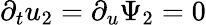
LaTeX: \partial_{t}u_{2}=\partial_{u}\Psi_{2}=0